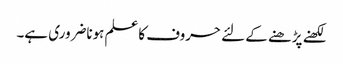
لکھنے پڑھنے کے لئے حروف کاعلم ہوناضروری ہے۔